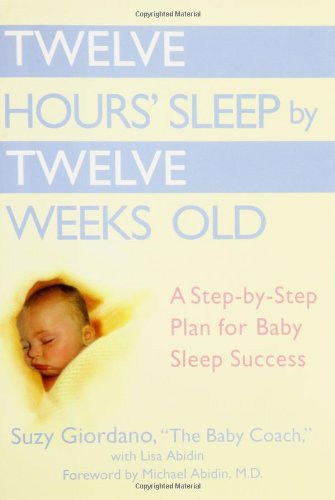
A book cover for Twelve Hours' Sleep by Twelve Weeks Old: A Step-by-Step Plan for Baby Sleep Success; Suzy Giordano; Parenting & Relationships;